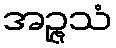
အဉ္ဇသံ